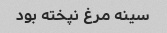
سینه مرغ نپخته بود